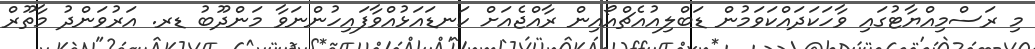
މި ރަސްމިއްޔާޓުގައި ވާހަކަދައްކަވަމުން ޑަބްލިއުއެޗްއޯއިން ރާއްޖެއަށް ކަނޑައަޅުއްވާފައިހުންނަވާ މަންދޫބު ޑރ. އަރުވަންދު މާތޫރް